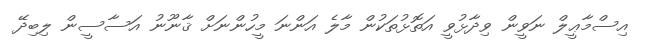
އިސްމާޢީލް ނަވީން ވިދާޅުވީ އަތޮޅުތަކުން މާލެ އަންނަ މީހުންނަށް ޤާނޫނު އަސާސީން ލިބިދޭ